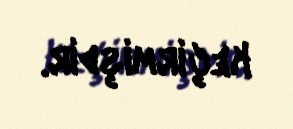
keçirmişdir.